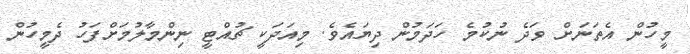
މީހުން އެތަނަށް ވަދެ ނުކުމެ ހަދަމުން ދިޔައެވެ. މިއަދަކީ ޗުއްޓީ ނިންމާލުމަށްފަހު ދެމީހުން